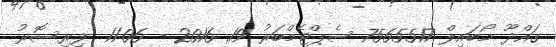
ގައްދޫ މޯބައިލް 7565517 ސެޕްޓެމްބަރު 19